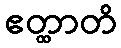
ဧတ္ထာတိ